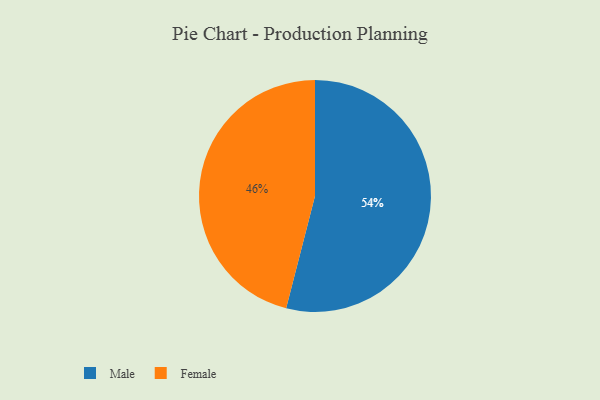
{"axis": {"x": "Category", "y": "Percentage"}, "legend": ["Female", "Male"], "data": [{"x": "Male", "y": 54, "type": "Male"}, {"x": "Female", "y": 46, "type": "Female"}]}